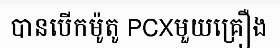
បានបើកម៉ូតូ PCXមួយគ្រឿង